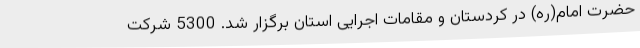
حضرت امام(ره) در کردستان و مقامات اجرایی استان برگزار شد. 5300 شرکت